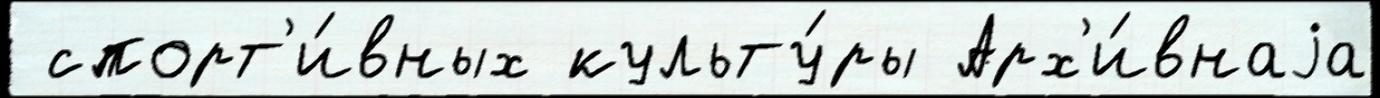
 спорт'и́вных культу́ры Арх'и́внаjа